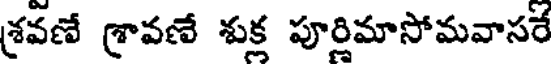
శ్రవణే శ్రావణే శుక్త పూర్తిమాసోమవాసరే